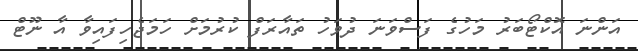
އަންނަ އޮކްޓޯބަރު މަހުގެ ފަސްވަނަ ދުވަހު ތައާރަފް ކުރުމަށް ހަމަޖެހިފައިވާ އާ ނޫޓް